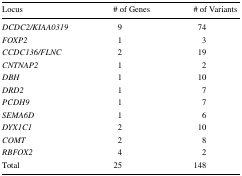
<table><thead><tr><td><b>Locus</b></td><td><b># of Genes</b></td><td><b># of Variants</b></td></tr></thead><tbody><tr><td><i>DCDC2/KIAA0319</i></td><td>9</td><td>74</td></tr><tr><td><i>FOXP2</i></td><td>1</td><td>3</td></tr><tr><td><i>CCDC136/FLNC</i></td><td>2</td><td>19</td></tr><tr><td><i>CNTNAP2</i></td><td>1</td><td>2</td></tr><tr><td><i>DBH</i></td><td>1</td><td>10</td></tr><tr><td><i>DRD2</i></td><td>1</td><td>7</td></tr><tr><td><i>PCDH9</i></td><td>1</td><td>7</td></tr><tr><td><i>SEMA6D</i></td><td>1</td><td>6</td></tr><tr><td><i>DYX1C1</i></td><td>2</td><td>10</td></tr><tr><td><i>COMT</i></td><td>2</td><td>8</td></tr><tr><td><i>RBFOX2</i></td><td>4</td><td>2</td></tr><tr><td>Total</td><td>25</td><td>148</td></tr></tbody></table>